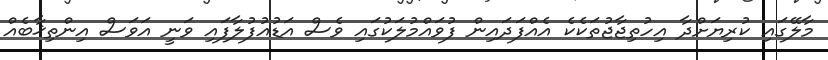
މާލޭގައި ކުރިޔަށްދާ އިހުތިޖާޖުތަކެކެ އެއްފަދައިން ފުވައްމުލަކުގައި ވެސް އަޑުއުފުލާފައި ވަނީ އަވަސް އިންތިޚާބެއް